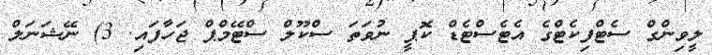
ލީވިންގް ސެޓްފިކެޓްގެ އެޓެސްޓެޑް ކޮޕީ ނުވަތަ ސްކޫލް ސްޓޭމްޕް ޖަހާފައި. 3) ނޭޝަނަލް